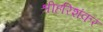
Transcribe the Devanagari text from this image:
श्रीहरिशंकर